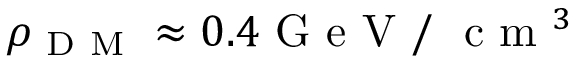
\rho _ { \mathrm { ~ D ~ M ~ } } \approx 0 . 4 \mathrm { ~ G ~ e ~ V ~ / ~ } \mathrm { ~ c ~ m ~ } ^ { 3 }